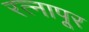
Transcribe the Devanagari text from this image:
रत्‍नापूर